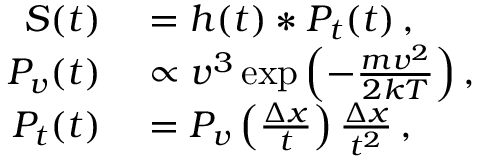
\begin{array} { r l } { S ( t ) } & { { } = h ( t ) * P _ { t } ( t ) \, , } \\ { P _ { v } ( t ) } & { { } \propto v ^ { 3 } \exp { \left( - \frac { m v ^ { 2 } } { 2 k T } \right) } \, , } \\ { P _ { t } ( t ) } & { { } = P _ { v } \left( \frac { \Delta x } { t } \right) \frac { \Delta x } { t ^ { 2 } } \, , } \end{array}